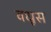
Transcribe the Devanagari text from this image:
वधूस